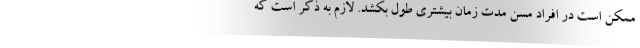
ممکن است در افراد مسن مدت زمان بیشتری طول بکشد. لازم به ذکر است که